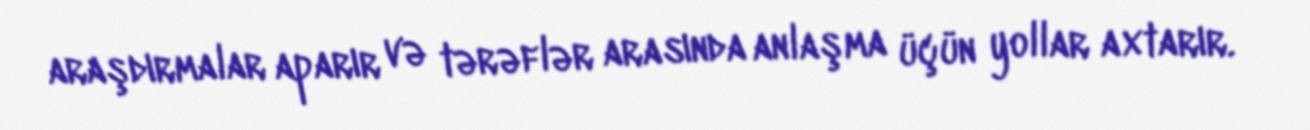
araşdırmalar aparır və tərəflər arasında anlaşma üçün yollar axtarır.